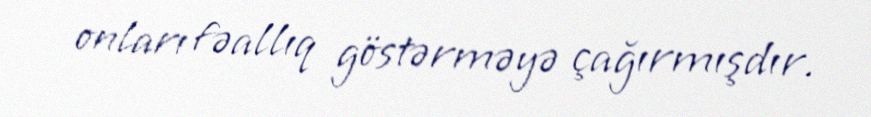
onları fəallıq göstərməyə çağırmışdır.